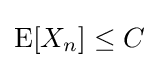
\operatorname {E} [X_{n}]\leq C